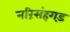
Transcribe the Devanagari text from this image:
नरिंसंहगड़